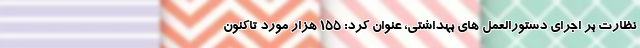
نظارت بر اجرای دستورالعمل های بهداشتی، عنوان کرد: ۱۵۵ هزار مورد تاکنون